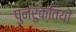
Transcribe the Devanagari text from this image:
पुनरुक्तियों